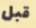
قبل